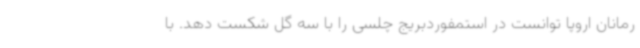
رمانان اروپا توانست در استمفوردبریج چلسی را با سه گل شکست دهد. با